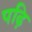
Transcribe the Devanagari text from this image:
पढ़ि